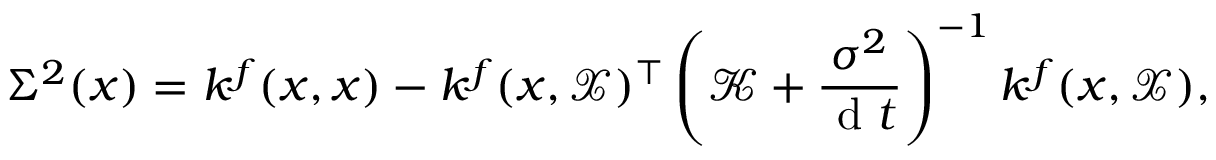
\Sigma ^ { 2 } ( x ) = k ^ { f } ( x , x ) - k ^ { f } ( x , \mathcal { X } ) ^ { \top } \left( \mathcal { K } + \frac { { \sigma } ^ { 2 } } { \mathrm { ~ d ~ } t } \right) ^ { - 1 } k ^ { f } ( x , \mathcal { X } ) ,